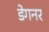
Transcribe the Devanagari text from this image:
डेगनर